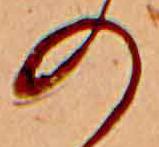
の